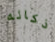
ذكائه